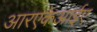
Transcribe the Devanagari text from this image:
आरएकेआईए